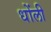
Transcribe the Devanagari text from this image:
धोंली